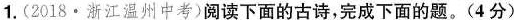
1.(2018·浙江温州中考)阅读下面的古诗，完成下面的题。(4分)